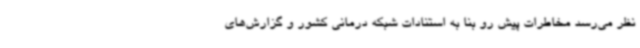
نظر می‌رسد مخاطرات پیش رو بنا به استنادات شبکه درمانی کشور و گزارش‌های